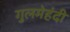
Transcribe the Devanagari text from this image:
गुलमेहंदी